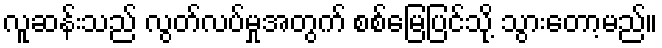
လူဆန်းသည် လွတ်လပ်မှုအတွက် စစ်မြေပြင်သို့ သွားတော့မည်။